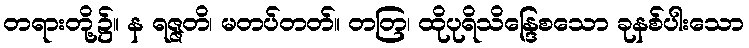
တရားတို့၌။ န ရဇ္ဇတိ၊ မတပ်တတ်။ တတြ၊ ထိုပုရိသိန္ဒြေစသော ခုနစ်ပါးသော